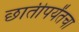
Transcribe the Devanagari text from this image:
छातीपर्यंतचा